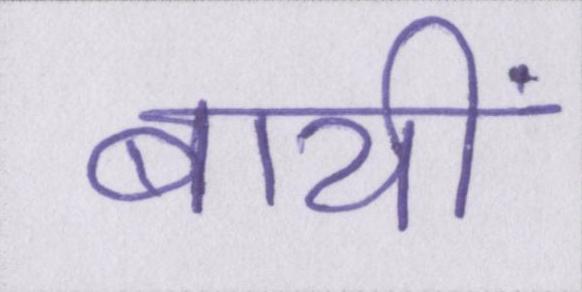
बायीं